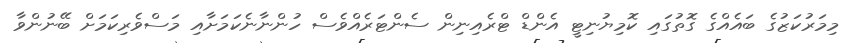
މިމަރުކަޒުގެ ބައެއްގެ ގޮތުގައި ކޮމިޔުނިޓީ އެންޑް ޓްރެއިނިން ސެންޓަރެއްވެސް ހުންނާނެކަމަށާއި މަސްވެރިކަމަށް ބޭނުންވާ